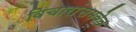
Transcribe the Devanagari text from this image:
विचारांसमवेत